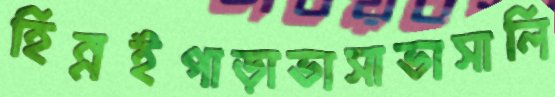
হিন্নইপাড়াভাসাভাসালি